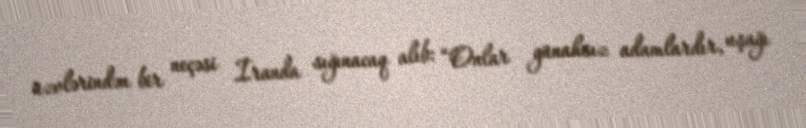
üzvlərindən bir neçəsi İranda sığınacaq alıb: “Onlar günahsız adamlardır, uşağı